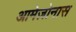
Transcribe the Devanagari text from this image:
आमेज़ोनास